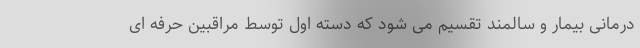
درمانی بیمار و سالمند تقسیم می شود که دسته اول توسط مراقبین حرفه ای